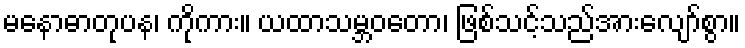
မနောဓာတုပန၊ ကိုကား။ ယထာသမ္ဘဝတော၊ ဖြစ်သင့်သည်အားလျော်စွာ။